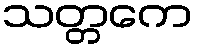
သတ္တကေ